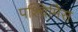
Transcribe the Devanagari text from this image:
पश्चिमिेस